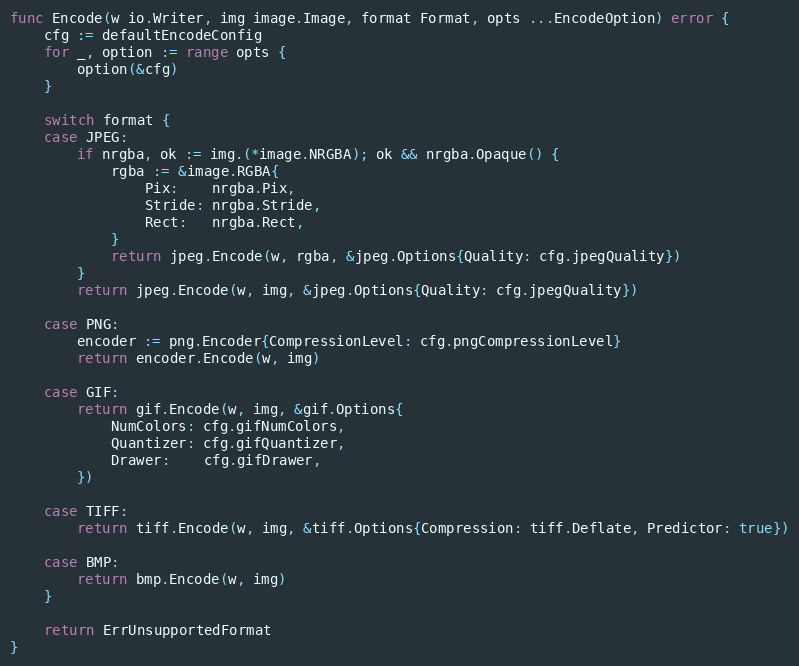
Language: Go
func Encode(w io.Writer, img image.Image, format Format, opts ...EncodeOption) error {
	cfg := defaultEncodeConfig
	for _, option := range opts {
		option(&cfg)
	}

	switch format {
	case JPEG:
		if nrgba, ok := img.(*image.NRGBA); ok && nrgba.Opaque() {
			rgba := &image.RGBA{
				Pix:    nrgba.Pix,
				Stride: nrgba.Stride,
				Rect:   nrgba.Rect,
			}
			return jpeg.Encode(w, rgba, &jpeg.Options{Quality: cfg.jpegQuality})
		}
		return jpeg.Encode(w, img, &jpeg.Options{Quality: cfg.jpegQuality})

	case PNG:
		encoder := png.Encoder{CompressionLevel: cfg.pngCompressionLevel}
		return encoder.Encode(w, img)

	case GIF:
		return gif.Encode(w, img, &gif.Options{
			NumColors: cfg.gifNumColors,
			Quantizer: cfg.gifQuantizer,
			Drawer:    cfg.gifDrawer,
		})

	case TIFF:
		return tiff.Encode(w, img, &tiff.Options{Compression: tiff.Deflate, Predictor: true})

	case BMP:
		return bmp.Encode(w, img)
	}

	return ErrUnsupportedFormat
}